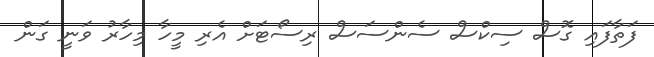
ފަތާފައި ގޮސް ސިކްސް ސެންސަސް ރިސޯޓަށް އެރި މީހާ މިހާރު ވަނީ ގަން